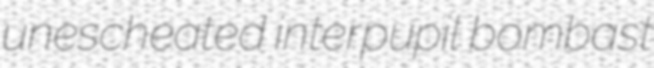
unescheated interpupil bombast